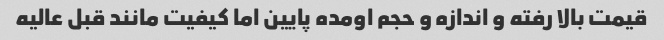
قیمت بالا رفته و اندازه و حجم اومده پایین اما کیفیت مانند قبل عالیه